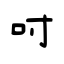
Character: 吋